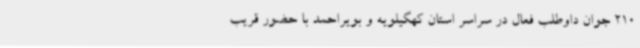
210 جوان داوطلب فعال در سراسر استان کهگیلویه و بویراحمد با حضور قریب